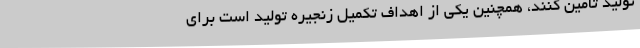
تولید تأمین کنند، همچنین یکی از اهداف تکمیل زنجیره تولید است برای